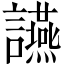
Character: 讌